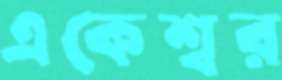
একেশ্বর